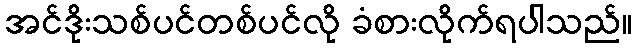
အင်ဒိုးသစ်ပင်တစ်ပင်လို ခံစားလိုက်ရပါသည်။